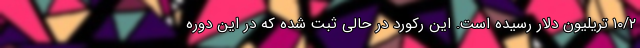
۱۰/۲ تریلیون دلار رسیده است. این رکورد در حالی ثبت شده که در این دوره